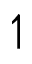
\upharpoonleft